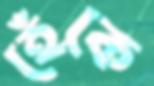
হেঁকে